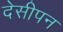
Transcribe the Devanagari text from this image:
देसीपन